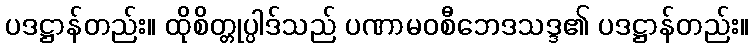
ပဒဋ္ဌာန်တည်း။ ထိုစိတ္တုပ္ပါဒ်သည် ပဏာမဝစီဘေဒသဒ္ဒ၏ ပဒဋ္ဌာန်တည်း။